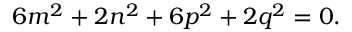
6 m ^ { 2 } + 2 n ^ { 2 } + 6 p ^ { 2 } + 2 q ^ { 2 } = 0 .